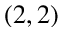
( 2 , 2 )